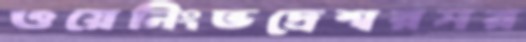
ওয়েনিংভদ্রেশ্বরসর